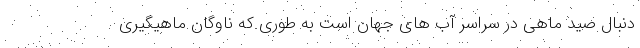
دنبال صید ماهی در سراسر آب های جهان است به طوری که ناوگان ماهیگیری